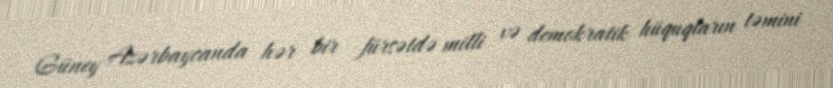
Güney Azərbaycanda hər bir fürsətdə milli və demokratik hüquqların təmini